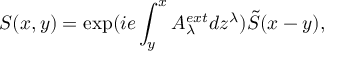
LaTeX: S ( x , y ) = \exp ( i e \int _ { y } ^ { x } A _ { \lambda } ^ { e x t } d z ^ { \lambda } ) \tilde { S } ( x - y ) ,